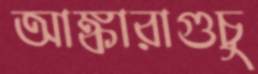
আঙ্কারাগুচু